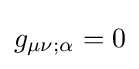
g_{\mu \nu ;\alpha }=0